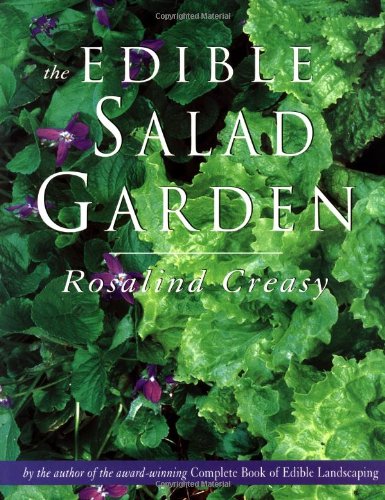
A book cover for The Edible Salad Garden (Edible Garden); Rosalind Creasy; Cookbooks, Food & Wine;